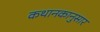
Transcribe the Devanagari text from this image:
कथानकानुसार